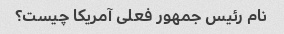
نام رئیس جمهور فعلی آمریکا چیست؟